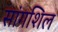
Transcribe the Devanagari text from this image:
सांगशिल